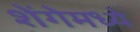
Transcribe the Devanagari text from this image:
शेंगेमध्ये